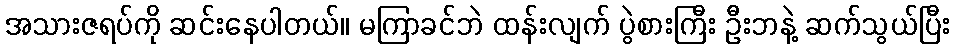
အသားဇရပ်ကို ဆင်းနေပါတယ်။ မကြာခင်ဘဲ ထန်းလျက် ပွဲစားကြီး ဦးဘနဲ့ ဆက်သွယ်ပြီး